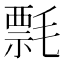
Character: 𰚯